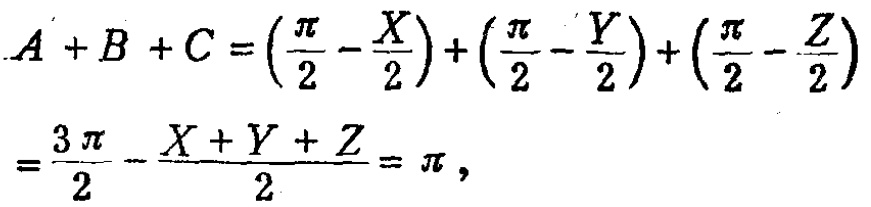
\[

\begin{align*}

A + B + C&=\left(\frac{\pi}{2}-\frac{X}{2}\right)+\left(\frac{\pi}{2}-\frac{Y}{2}\right)+\left(\frac{\pi}{2}-\frac{Z}{2}\right)\\

&=\frac{3\pi}{2}-\frac{X + Y+Z}{2}=\pi,

\end{align*}

\]